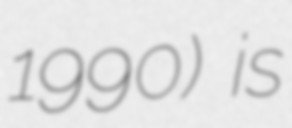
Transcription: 1990) is